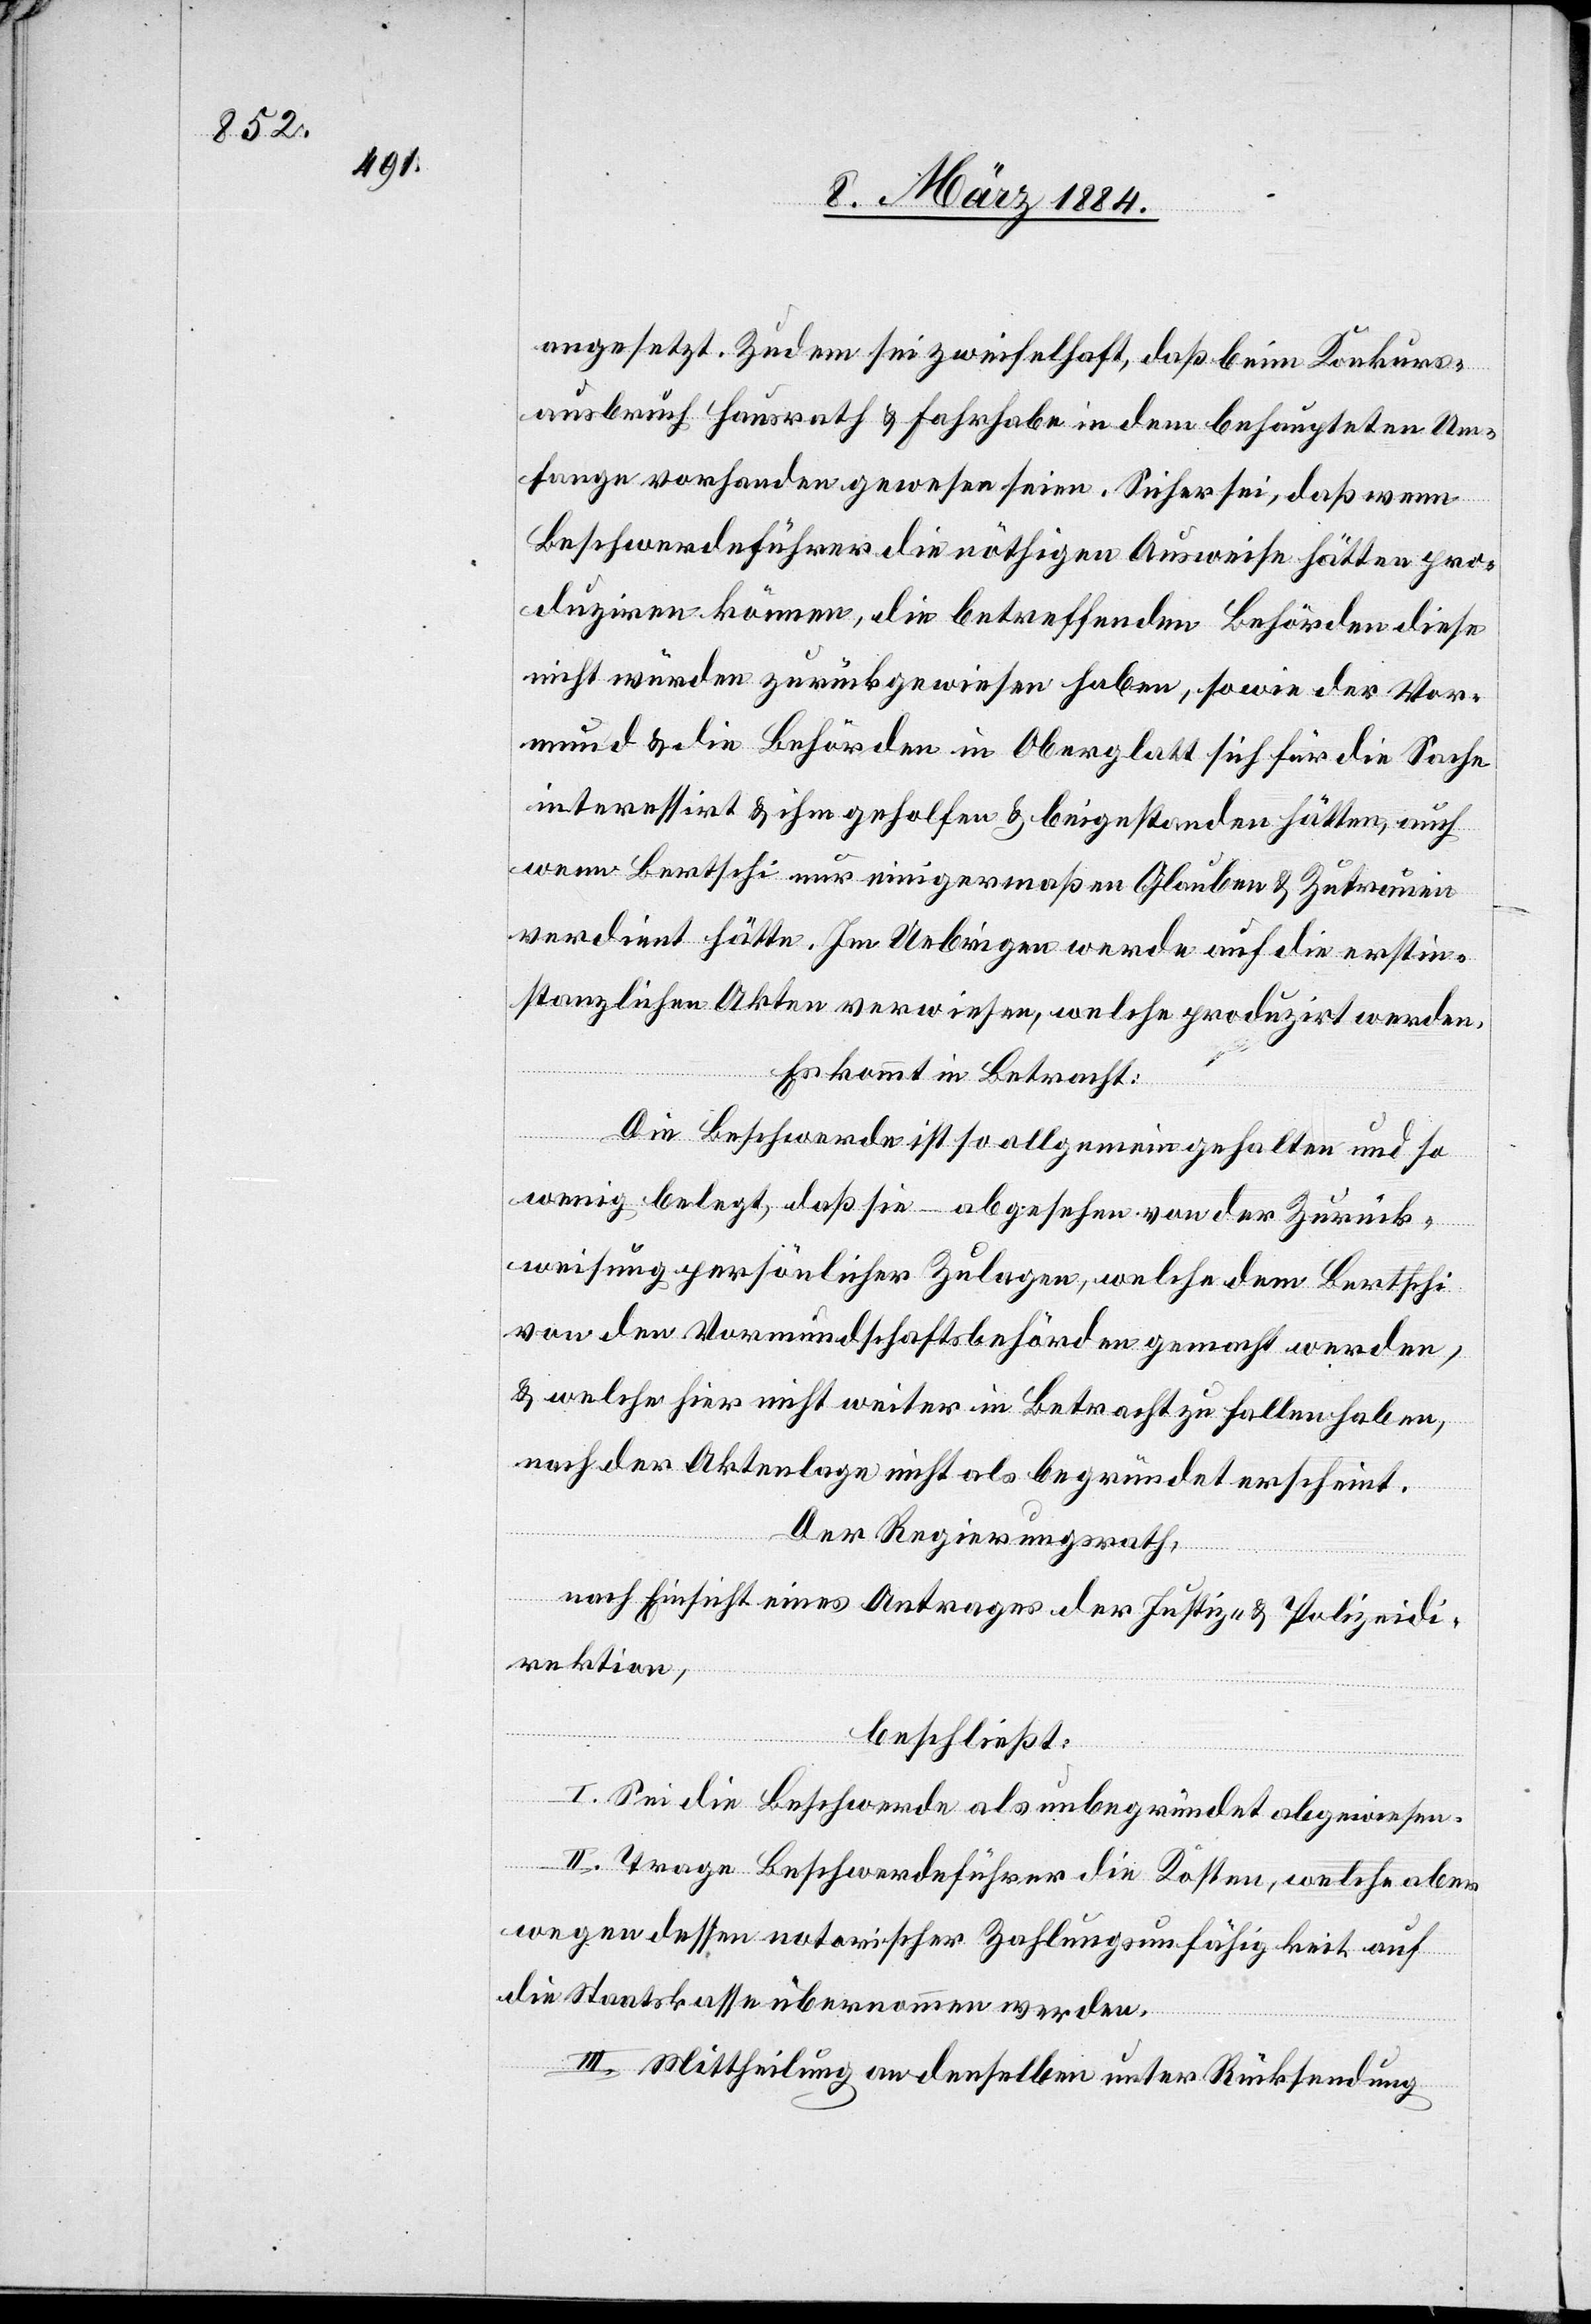
angesetzt. Zudem sei zweifelhaft, daß beim Konkurs¬
ausbruch Hausrath & Fahrhabe in dem behaupteten Um¬
fange vorhanden gewesen seien. Sicher sei, daß wenn
Beschwerdeführer die nöthigen Ausweise hätten pro¬
duzieren können, die betreffenden Behörden diese
nicht würden zurückgewiesen haben, sowie der Vor¬
mund & die Behörden in Oberglatt sich für die Sache
interessirt & ihm geholfen & beigestanden hätten, auch
wenn Bertschi nur einigermaßen Glauben & Zutrauen
verdient hätte. Im Uebrigen werde auf die erstin¬
stanzlichen Akten verwiesen, welche produzirt werden.
Es kommt in Betracht:
Die Beschwerde ist so allgemein gehalten und so
wenig belegt, daß sie – abgesehen von der Zurück¬
weisung persönlicher Zulagen, welche dem Bertschi
von den Vormundschaftsbehörden gemacht werden,
& welche hier nicht weiter in Betracht zu fallen haben,
nach der Aktenlage nicht als begründet erscheint.
Der Regierungsrath,
nach Einsicht eines Antrages der Justiz- & Polizeidi¬
rektion,
beschließt:
I. Sei die Beschwerde als unbegründet abgewiesen.
II. Tage Beschwerdeführer die Kosten, welche aber
wegen dessen notorischer Zahlungsunfähigkeit auf
die Staatskasse übernommen werden.
III. Mittheilung an denselben unter Rücksendung